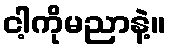
ငါ့ကိုမညာနဲ့။